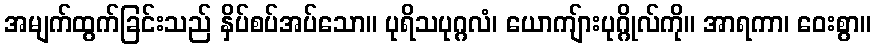
အမျက်ထွက်ခြင်းသည် နှိပ်စပ်အပ်သော။ ပုရိသပုဂ္ဂလံ၊ ယောကျ်ားပုဂ္ဂိုလ်ကို။ အာရကာ၊ ဝေးစွာ။